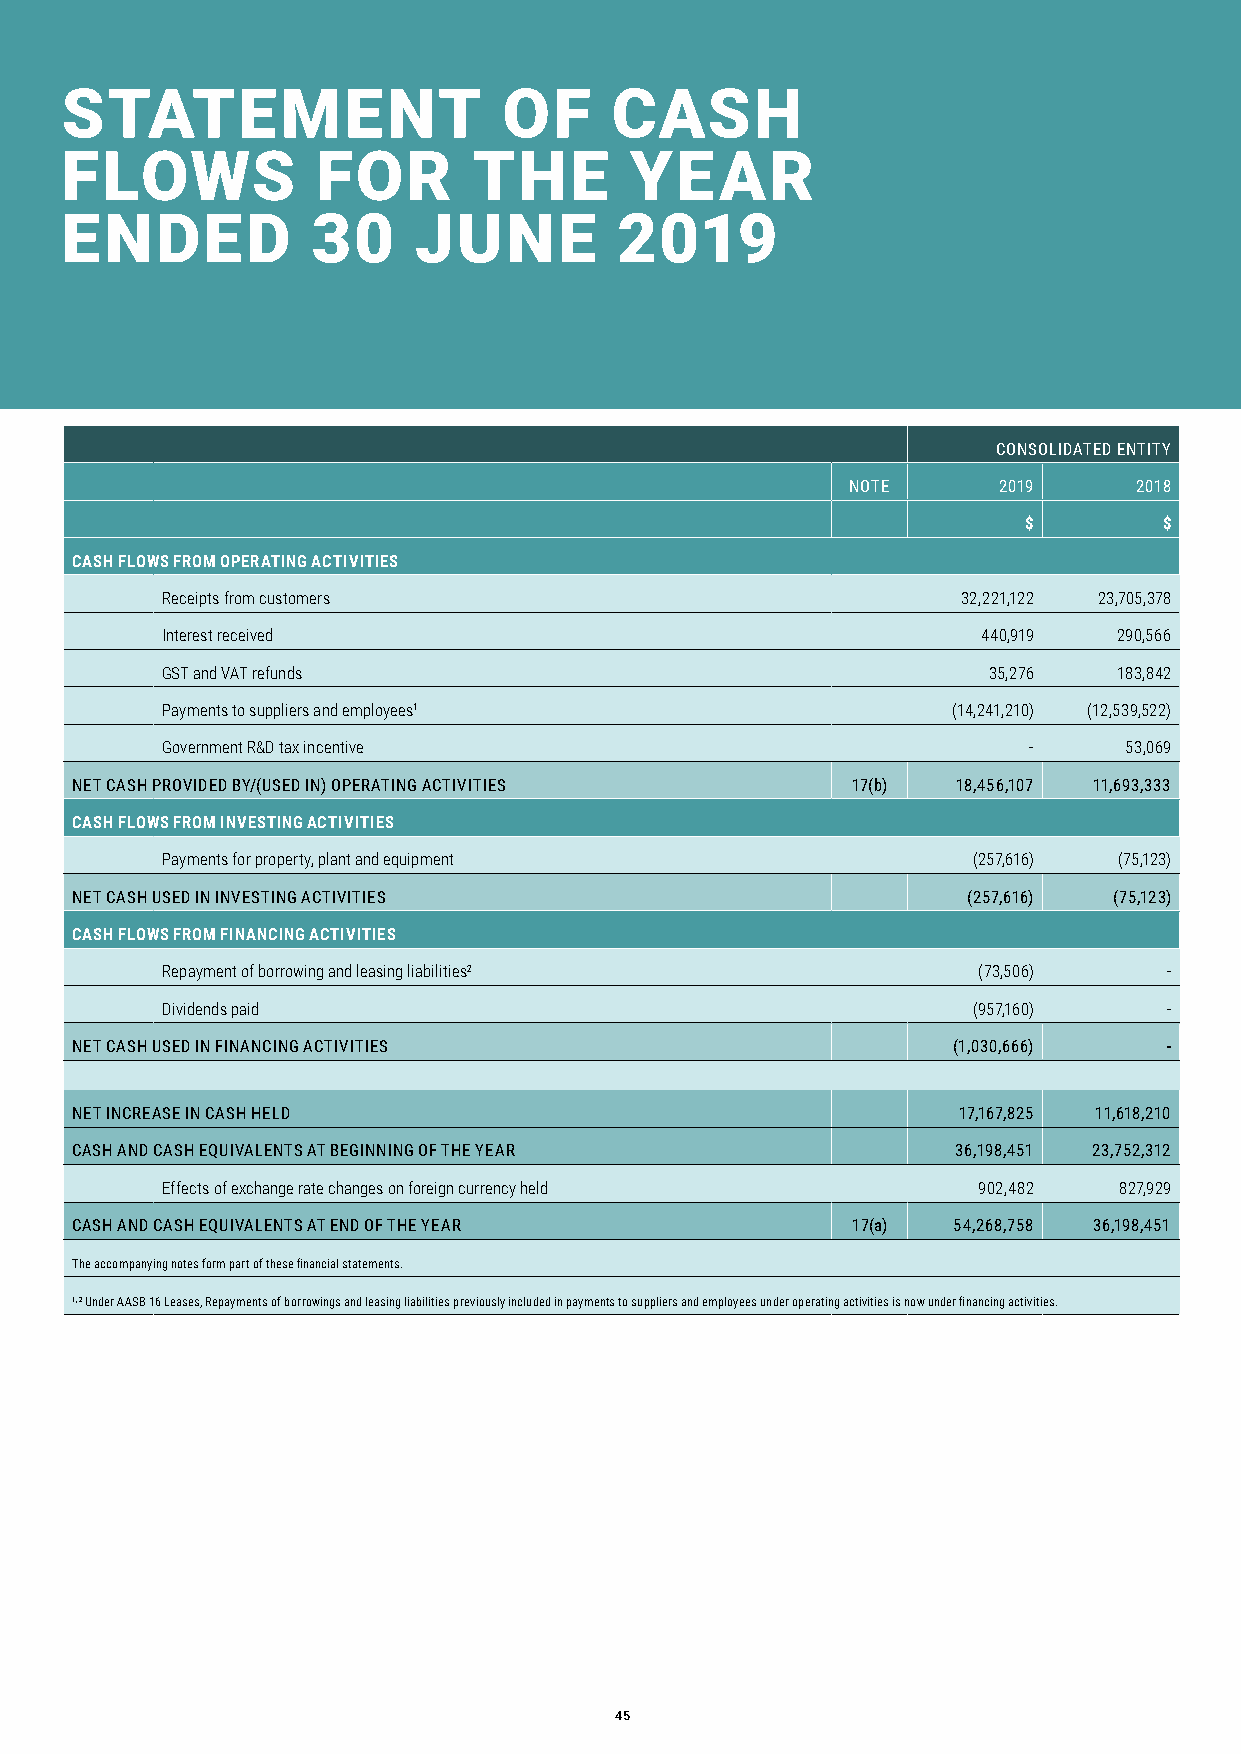
STATEMENT                    OF     CASH
 FLOWS            FOR       THE        YEAR
 ENDED            30    JUNE          2019
 CONSOLIDATED ENTITY
 NOTE      2019     2018
 $        $
 CASH FLOWS FROM OPERATING ACTIVITIES
 Receipts from customers                              32,221,122 23,705,378
 Interest received                                     440,919  290,566
 GST and VAT refunds                                   35,276   183,842
 Payments to suppliers and employees1                (14,241,210) (12,539,522)
 Government R&D tax incentive                             -     53,069
 NET CASH PROVIDED BY/(USED IN) OPERATING ACTIVITIES 17(b) 18,456,107 11,693,333
 CASH FLOWS FROM INVESTING ACTIVITIES
 Payments for property, plant and equipment           (257,616) (75,123)
 NET CASH USED IN INVESTING ACTIVITIES                      (257,616) (75,123)
 CASH FLOWS FROM FINANCING ACTIVITIES
 Repayment of borrowing and leasing liabilities2       (73,506)    -
 Dividends paid                                       (957,160)    -
 NET CASH USED IN FINANCING ACTIVITIES                     (1,030,666)   -
 NET INCREASE IN CASH HELD                                 17,167,825 11,618,210
 CASH AND CASH EQUIVALENTS AT BEGINNING OF THE YEAR        36,198,451 23,752,312
 Effects of exchange rate changes on foreign currency held 902,482 827,929
 CASH AND CASH EQUIVALENTS AT END OF THE YEAR       17(a)  54,268,758 36,198,451
 The accompanying notes form part of these financial statements.
 1, 2 Under AASB 16 Leases, Repayments of borrowings and leasing liabilities previously included in payments to suppliers and employees under operating activities is now under financing activities.
 45